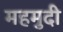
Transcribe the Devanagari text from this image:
महमुदी